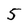
Character: 5